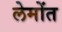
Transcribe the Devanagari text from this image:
लेमोंत